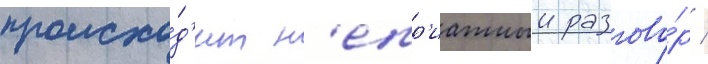
происхо́д'ит н'епр'иатныи разгово́р /